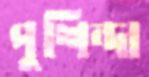
পুশিন্দা